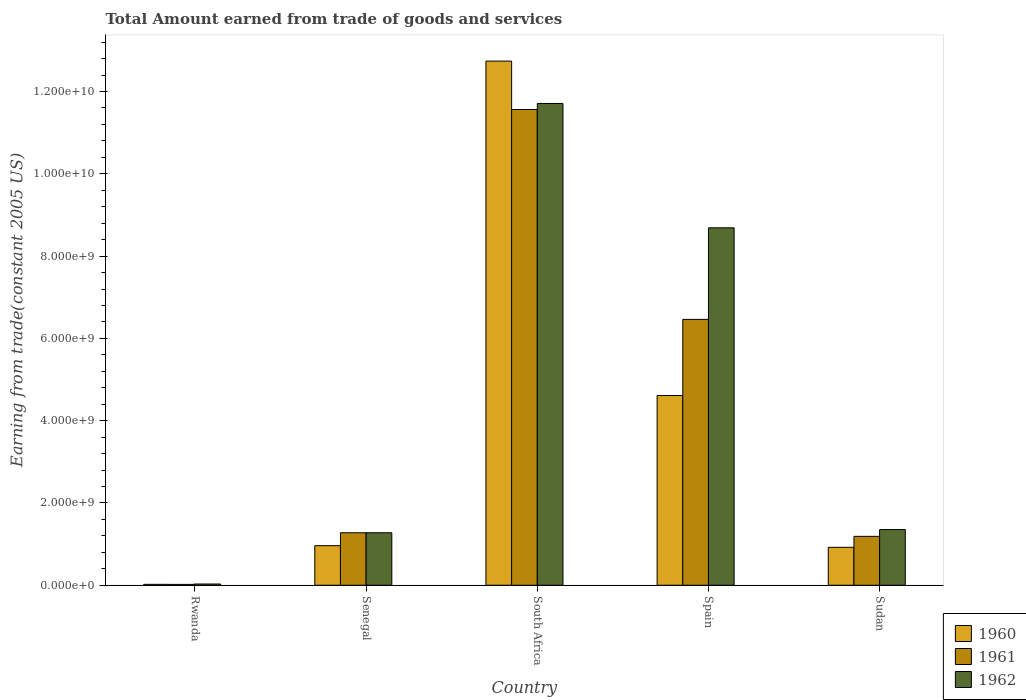
| Country | 1960 | 1961 | 1962 |
 | --- | --- | --- | --- |
 | Rwanda | 2.2e+07 | 2.05e+07 | 2.97e+07 |
 | Senegal | 9.62e+08 | 1.28e+09 | 1.28e+09 |
 | South Africa | 1.27e+10 | 1.16e+10 | 1.17e+10 |
 | Spain | 4.61e+09 | 6.46e+09 | 8.69e+09 |
 | Sudan | 9.22e+08 | 1.19e+09 | 1.35e+09 |